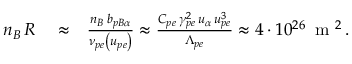
\begin{array} { r l r } { n _ { B } \, { \cal R } } & { { } \approx } & { \frac { n _ { B } \, b _ { p B \alpha } } { \nu _ { p e } \left( u _ { p e } \right) } \approx \frac { C _ { p e } \, \gamma _ { p e } ^ { 2 } \, u _ { \alpha } \, u _ { p e } ^ { 3 } } { \Lambda _ { p e } } \approx 4 \cdot 1 0 ^ { 2 6 } \, \mathrm { ~ m ~ } ^ { 2 } \, . } \end{array}